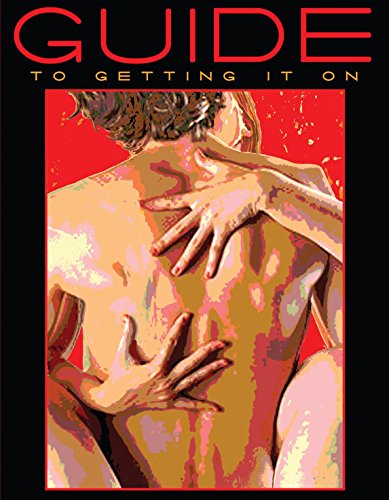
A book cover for Guide To Getting It On; Paul Joannides  Psy.D.; Parenting & Relationships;